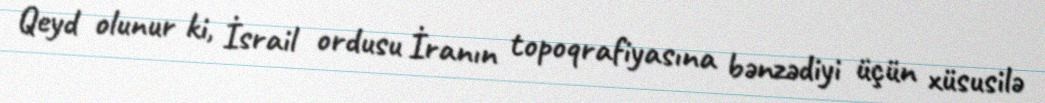
Qeyd olunur ki, İsrail ordusu İranın topoqrafiyasına bənzədiyi üçün xüsusilə